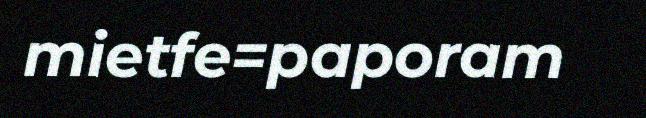
mietfe=paporam